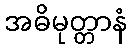
အဓိမုတ္တာနံ